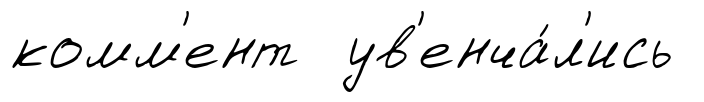
комм'ент ув'енча́л'ись